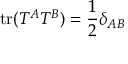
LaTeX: \mathrm { t r } ( T ^ { A } T ^ { B } ) = { \frac { 1 } { 2 } } \delta _ { A B }